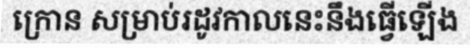
ក្រោន សម្រាប់រដូវកាលនេះនឹងធ្វើឡើង